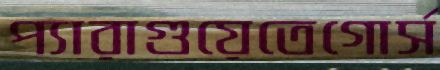
প্যারাগুয়েতেগোর্স